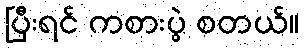
ပြီးရင် ကစားပွဲ စတယ်။